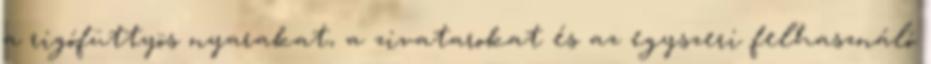
a rigófüttyös nyarakat, a zivatarokat és az egyszeri felhasználó